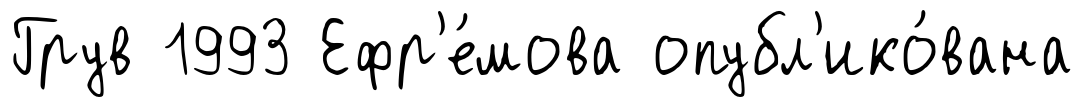
Грув 1993 Ефр'е́мова опубл'ико́вана